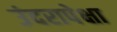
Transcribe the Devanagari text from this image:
उंदरापेक्षा